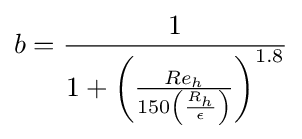
b={\frac {1}{1+\left({\frac {Re_{h}}{150\left({\frac {R_{h}}{\epsilon }}\right)}}\right)^{1.8}}}